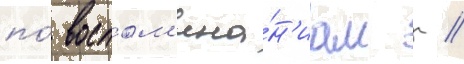
по́ воспом'ина́н'иам г //